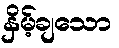
နှိမ့်ချသော